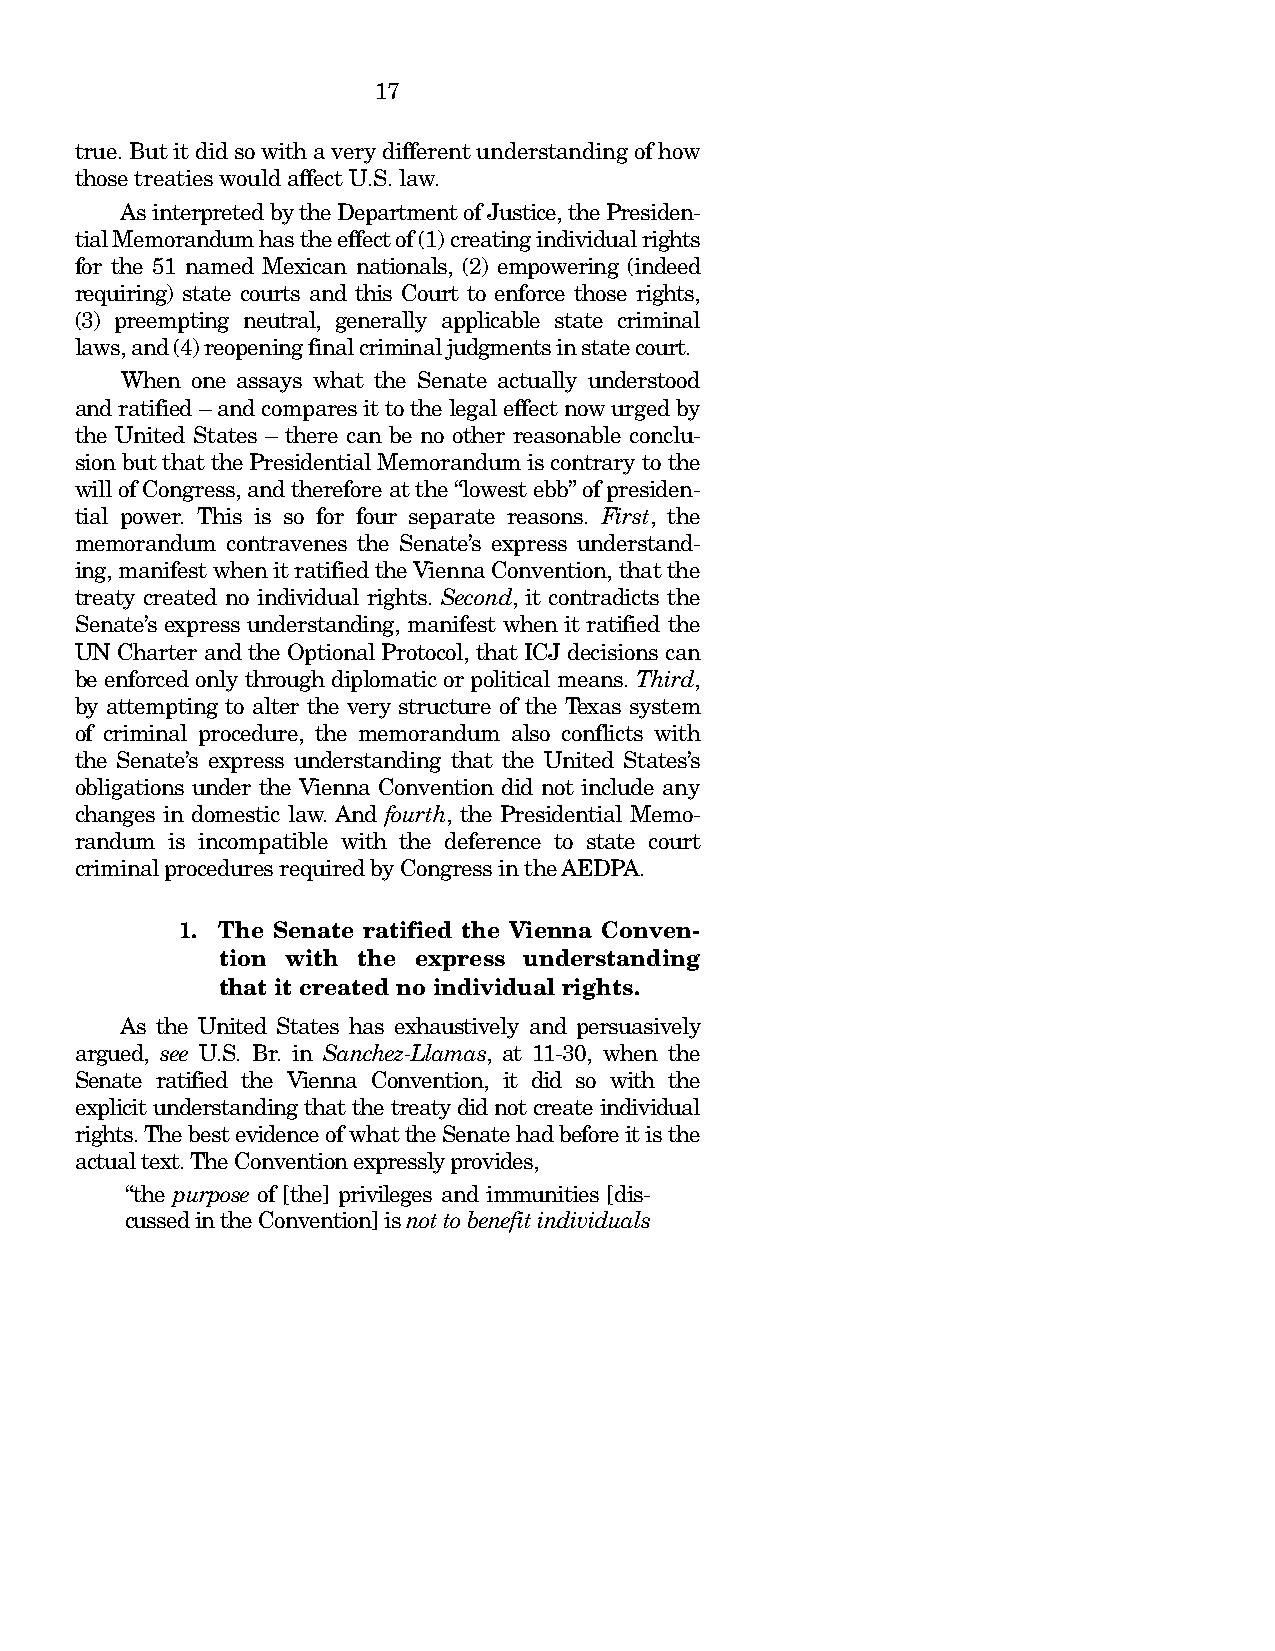
17
 true. But it did so with a very different understanding of how
 those treaties would affect U.S. law.
 As interpreted by the Department of Justice, the Presiden-
 tial Memorandum has the effect of (1) creating individual rights
 for the 51 named Mexican nationals, (2) empowering (indeed
 requiring) state courts and this Court to enforce those rights,
 (3) preempting neutral, generally applicable state criminal
 laws, and (4) reopening final criminal judgments in state court.
 When one assays what the Senate actually understood
 and ratified – and compares it to the legal effect now urged by
 the United States – there can be no other reasonable conclu-
 sion but that the Presidential Memorandum is contrary to the
 will of Congress, and therefore at the “lowest ebb” of presiden-
 tial power. This is so for four separate reasons. First, the
 memorandum contravenes the Senate’s express understand-
 ing, manifest when it ratified the Vienna Convention, that the
 treaty created no individual rights. Second, it contradicts the
 Senate’s express understanding, manifest when it ratified the
 UN Charter and the Optional Protocol, that ICJ decisions can
 be enforced only through diplomatic or political means. Third,
 by attempting to alter the very structure of the Texas system
 of criminal procedure, the memorandum also conflicts with
 the Senate’s express understanding that the United States’s
 obligations under the Vienna Convention did not include any
 changes in domestic law. And fourth, the Presidential Memo-
 randum is incompatible with the deference to state court
 criminal procedures required by Congress in the AEDPA.
 1. The Senate ratified the Vienna Conven-
 tion with the express understanding
 that it created no individual rights.
 As the United States has exhaustively and persuasively
 argued, see U.S. Br. in Sanchez-Llamas, at 11-30, when the
 Senate ratified the Vienna Convention, it did so with the
 explicit understanding that the treaty did not create individual
 rights. The best evidence of what the Senate had before it is the
 actual text. The Convention expressly provides,
 “the purpose of [the] privileges and immunities [dis-
 cussed in the Convention] is not to benefit individuals